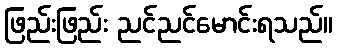
ဖြည်းဖြည်း ညင်ညင်မောင်းရသည်။